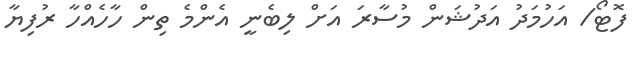
ފޮޓޯ/ އަހުމަދު އަދުޝަން މުސާރަ އަށް ލިބެނީ އެންމެ ތިން ހާހެއްހާ ރުފިޔާ